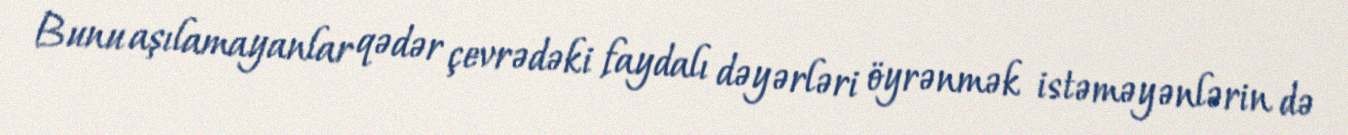
Bunu aşılamayanlar qədər çevrədəki faydalı dəyərləri öyrənmək istəməyənlərin də